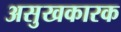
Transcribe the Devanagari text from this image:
असुखकारक